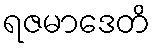
ရဇမာဒေတိ